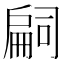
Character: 𢩚